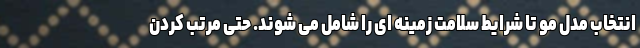
انتخاب مدل مو تا شرایط سلامت زمینه ای را شامل می شوند. حتی مرتب کردن